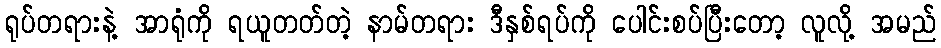
ရုပ်တရားနဲ့ အာရုံကို ရယူတတ်တဲ့ နာမ်တရား ဒီနှစ်ရပ်ကို ပေါင်းစပ်ပြီးတော့ လူလို့ အမည်